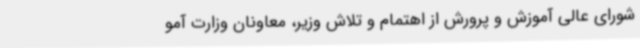
شورای عالی آموزش و پرورش از اهتمام و تلاش وزیر، معاونان وزارت آمو